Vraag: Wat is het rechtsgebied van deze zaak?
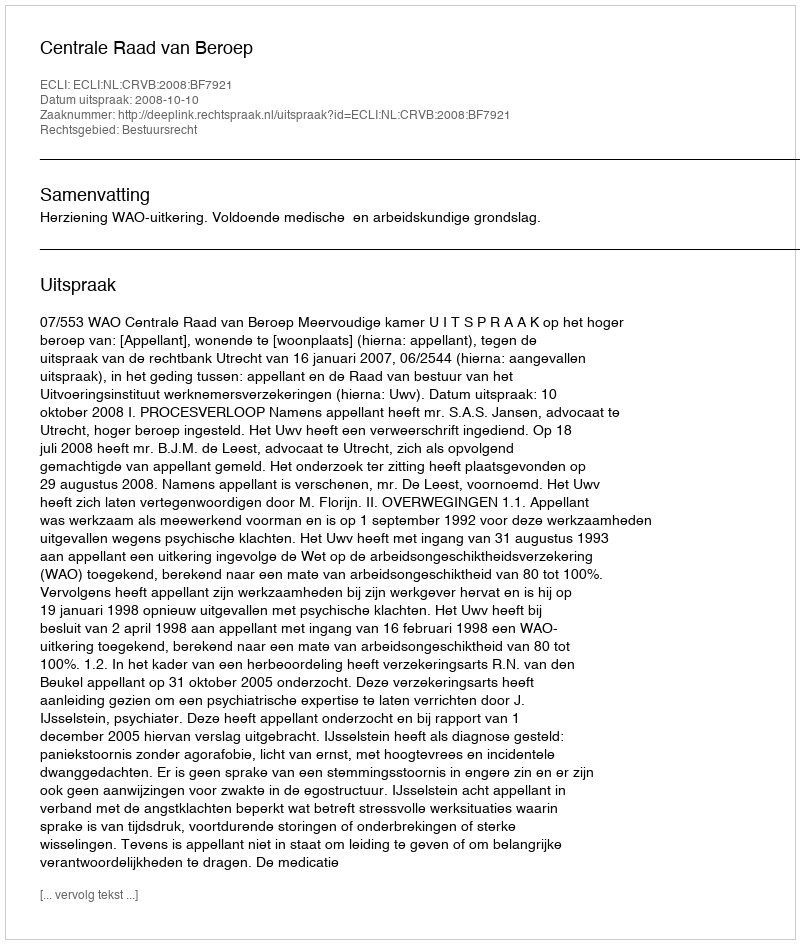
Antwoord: Bestuursrecht